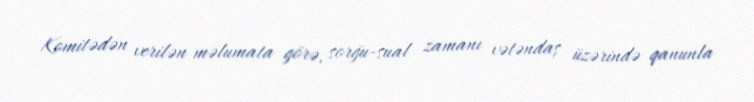
Komitədən verilən məlumata görə, sorğu-sual zamanı vətəndaş üzərində qanunla